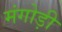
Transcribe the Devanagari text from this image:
मंगोड़ी